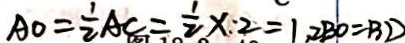
A O = \frac { 1 } { 2 } A C = \frac { 1 } { 2 } \times 2 = 1 , 2 B O = B D